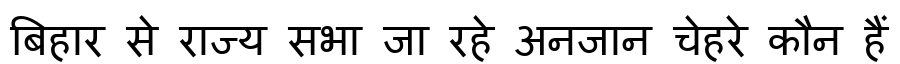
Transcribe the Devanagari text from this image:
बिहार से राज्य सभा जा रहे अनजान चेहरे कौन हैं